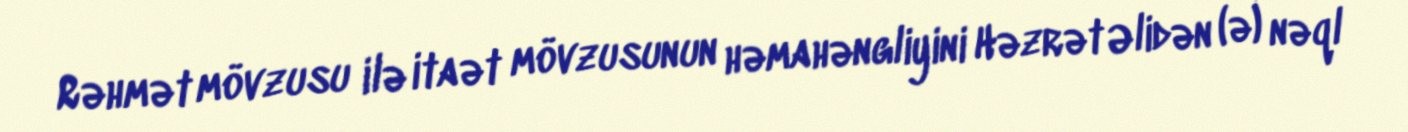
Rəhmət mövzusu ilə itaət mövzusunun həmahəngliyini Həzrət Əlidən (ə) nəql